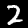
Digit: 2